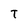
Character: T